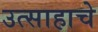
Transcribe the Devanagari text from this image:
उत्‍साहाचे